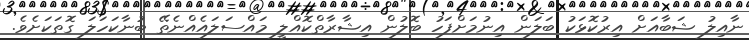
ނާއިލު ޝަބާއަށް އިރުކޮޅަކު ބަލަން އިނުމަށްފަހު ބޮލުން އިޝާރާތްކޮއްލީ މައްސަލައެއްނެތޭ ބުނާކަހަލަ ގޮތަކަށެވެ.